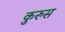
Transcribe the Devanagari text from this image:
कुरुस